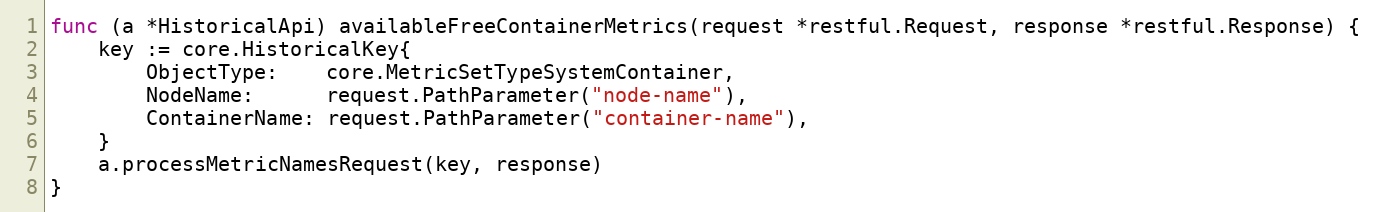
Language: Go
func (a *HistoricalApi) availableFreeContainerMetrics(request *restful.Request, response *restful.Response) {
	key := core.HistoricalKey{
		ObjectType:    core.MetricSetTypeSystemContainer,
		NodeName:      request.PathParameter("node-name"),
		ContainerName: request.PathParameter("container-name"),
	}
	a.processMetricNamesRequest(key, response)
}